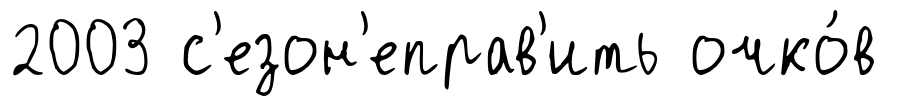
2003 с'езон'еправ'ить очко́в